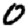
Digit: 0